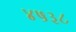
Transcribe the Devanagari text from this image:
४५३८